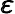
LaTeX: \pmb\varepsilon